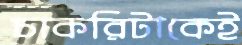
চাকরিটাকেই